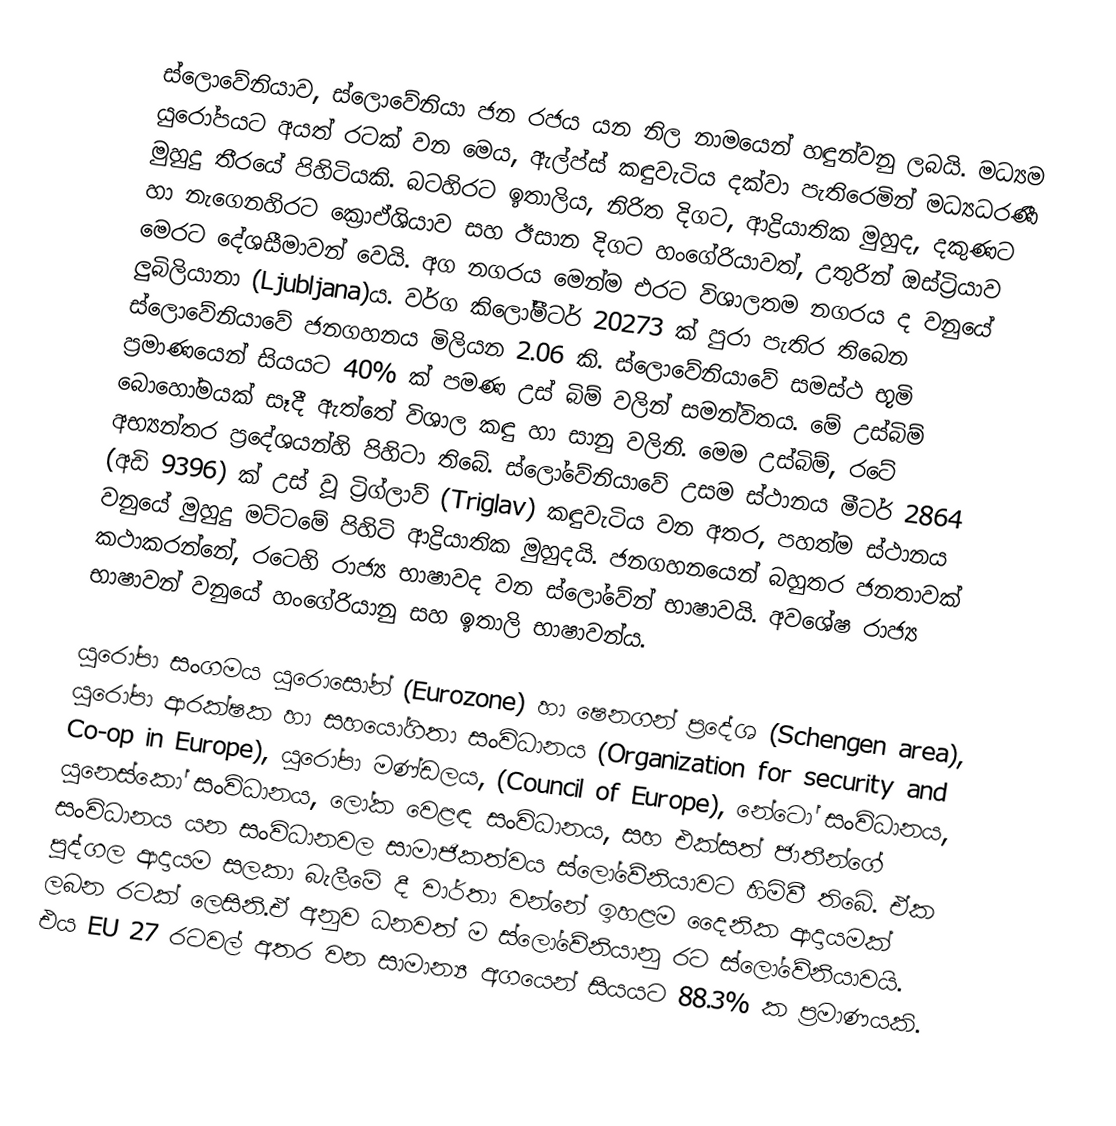
ස්ලොවේනියාව, ස්ලොවේනියා ජන රජය යන නිල නාමයෙන් හඳුන්වනු ලබයි. මධ්‍යම යුරෝපයට  අයත් රටක් වන මෙය, ඇල්ප්ස් කඳුවැටිය දක්වා පැතිරෙමින් මධ්‍යධරණී මුහුදු තීරයේ පිහිටියකි. බටහිර‍ට ඉතාලිය, නිරිත දිගට, ආද්‍රියාතික මුහුද, දකුණට හා නැගෙනහිරට ක්‍රොඒශියාව සහ ඊසාන දිගට හංගේරියාවත්, උතුරින් ඔස්‍ට්‍රියාව මෙරට දේශසීමාවන් වෙයි. අග නගරය මෙන්ම එරට විශාලතම නගරය ද වනුයේ ලුබිලියානා (Ljubljana)ය.  වර්ග කිලෝමීටර් 20273 ක් පුරා පැතිර තිබෙන ස්ලොවේනියාවේ ජනගහනය මිලියන 2.06 කි. ස්ලොවේනියාවේ සමස්ථ භූමි ප්‍රමාණයෙන් සියයට 40% ක් පමණ උස් බිම් වලින් සමන්විතය. මේ උස්බිම් බොහෝමයක් සෑදී ඇත්තේ විශාල කඳු හා සානු වලිනි. මෙම උස්බිම්, රටේ අභ්‍යන්තර ප්‍රදේශයන්හි පිහිටා තිබේ. ස්ලෝවේනියාවේ උසම ස්ථානය මීටර් 2864 (අඩි 9396) ක් උස් වූ ට්‍රිග්ලාව් (Triglav) කඳුවැටිය වන අතර, පහත්ම ස්ථානය වනුයේ මුහුදු මට්ටමේ පිහිටි ආද්‍රියාතික මුහුදයි.  ජනගහනයෙන් බහුතර ජනතාවක් කථාකරන්නේ, රටෙහි රාජ්‍ය භාෂාවද වන ස්ලෝවේන් භාෂාවයි. අව‍ශේෂ රාජ්‍ය භාෂාවන් වනුයේ හංගේරියානු සහ ඉතාලි භාෂාවන්ය.

යුරෝපා සංගමය යුරොසෝන් (Eurozone) හා ෂෙනගන් ප්‍රදේශ (Schengen area), යුරෝපා ආරක්ෂක හා සහයෝගිතා සංවිධානය (Organization for security and Co-op in Europe), යුරෝපා මණ්ඩලය, (Council of Europe),  නේටෝ සංවිධානය, යුනෙස්කෝ සංවිධානය, ලෝක වෙළඳ සංවිධානය, සහ එක්සත් ජාතීන්ගේ සංවිධානය යන සංවිධානවල සාමාජිකත්වය ස්ලෝවේනියා‍වට හිමිවී තිබේ. ඒක පුද්ගල ආදායම සලකා බැලීමේ දී වාර්තා වන්නේ ඉහළම දෛනික ආදායමක් ලබන රටක් ලෙසිනි.ඒ අනුව ධනවත් ම ස්ලෝවේනියානු රට ස්ලෝවේනියාවයි. එය EU 27 රටවල් අතර වන සාමාන්‍ය අගයෙන් සියයට 88.3% ක ප්‍රමාණයකි.